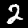
Digit: 2